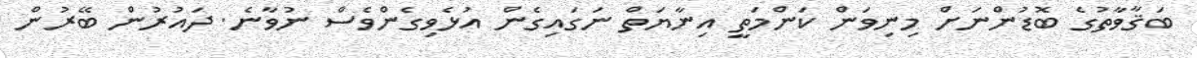
ބަޤާވާތުގެ ބޮޑުންނަށް މިނިވަން ކަންމަތީ އިނާޔަތް ނަގައިގެން އުޅެވިގެންވެސް ނުވާނެ. ދައުރުން ބޭރުން